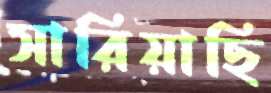
সারিয়াছি